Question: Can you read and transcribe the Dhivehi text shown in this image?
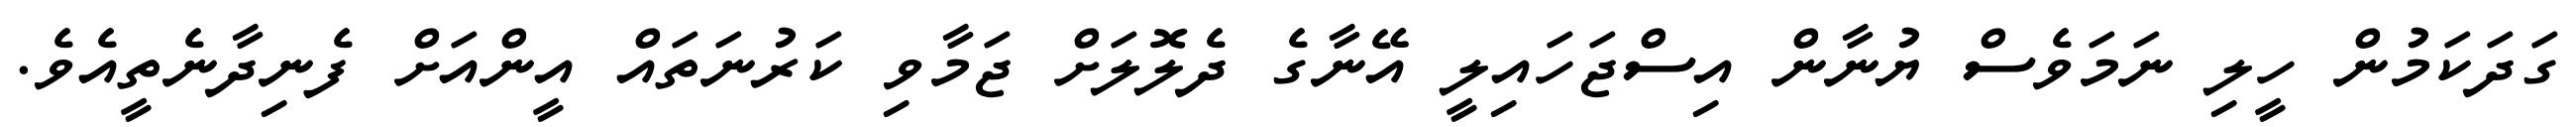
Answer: ގަދަކަމުން ހީލި ނަމަވެސް ޔުނާން އިސްޖަހައިލީ އޭނާގެ ދެލޮލަށް ޖަމާވި ކަރުނަތައް އީންއަށް ފެނިދާނެތީއެވެ.